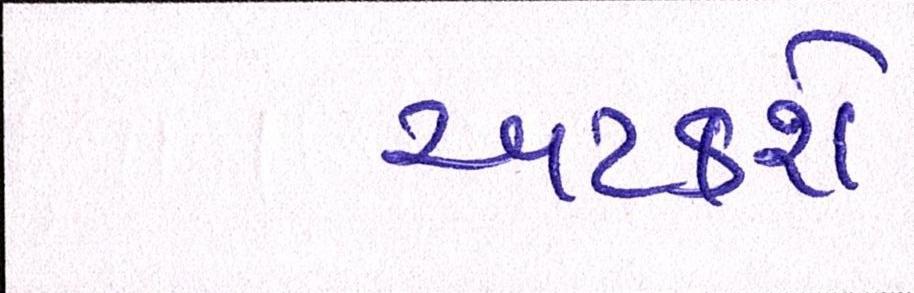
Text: અટકશે